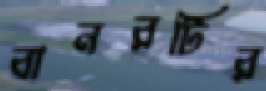
বানরটির